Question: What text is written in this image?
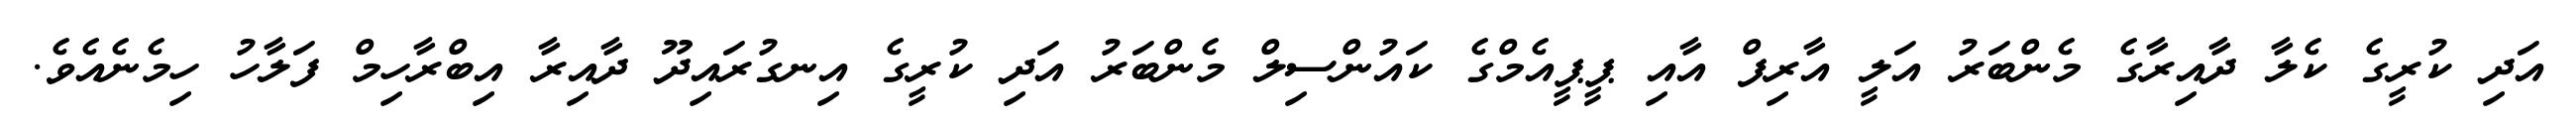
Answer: އަދި ކުރީގެ ކެލާ ދާއިރާގެ މެންބަރު އަލީ އާރިފް އާއި ޕީޕީއެމްގެ ކައުންސިލް މެންބަރު އަދި ކުރީގެ އިނގުރައިދޫ ދާއިރާ އިބްރާހިމް ފަލާހު ހިމެނެއެވެ.